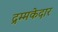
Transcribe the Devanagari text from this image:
द्रम्मकेदार